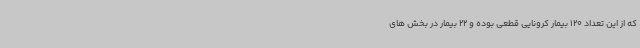
که از این تعداد 120 بیمار کرونایی قطعی بوده و 22 بیمار در بخش های